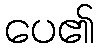
ပေ၏